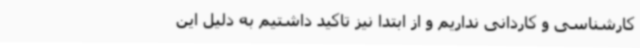
کارشناسی و کاردانی نداریم و از ابتدا نیز تاکید داشتیم به دلیل این